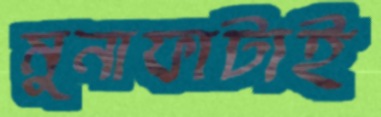
মুনাফাটাই